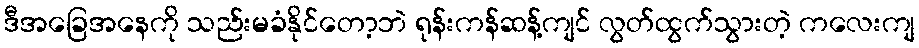
ဒီအခြေအနေကို သည်းမခံနိုင်တော့ဘဲ ရုန်းကန်ဆန့်ကျင် လွတ်ထွက်သွားတဲ့ ကလေးကျ